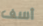
أسف